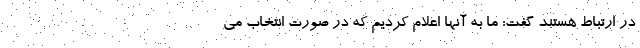
در ارتباط هستند گفت: ما به آنها اعلام کردیم که در صورت انتخاب می